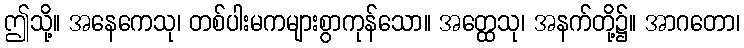
ဤသို့။ အနေကေသု၊ တစ်ပါးမကများစွာကုန်သော။ အတ္ထေသု၊ အနက်တို့၌။ အာဂတော၊